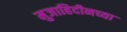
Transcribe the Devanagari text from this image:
मुजाहिदीनच्या